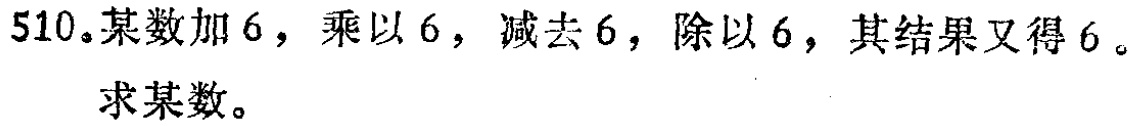
510. 某数加 6，乘以 6，减去 6，除以 6，其结果又得 6。

求某数。